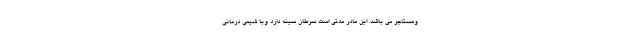
ومستاجر می باشد. این مادر مدتی است سرطان سینه دارد وبا شیمی درمانی